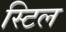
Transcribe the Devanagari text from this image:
स्‍टिल